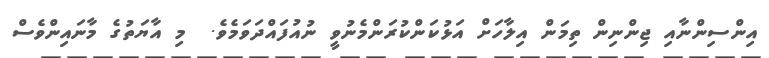
އިންސިންނާއި ޖިންނިން ތިމަން އިލާހަށް އަޅުކަންކުރަންމެނުވީ ނުއުފައްދަވަމެވެ.  މި އާޔަތުގެ މާނައިންވެސް